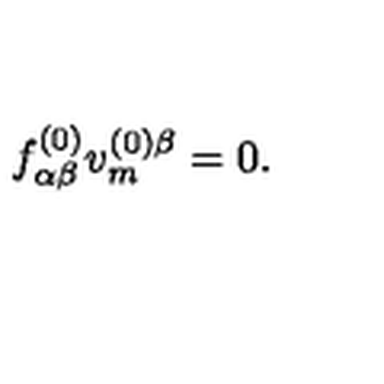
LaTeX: f _ { \alpha \beta } ^ { ( 0 ) } v _ { m } ^ { ( 0 ) \beta } = 0 .